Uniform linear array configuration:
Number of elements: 24
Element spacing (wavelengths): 0.5
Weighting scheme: blackman
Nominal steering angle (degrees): -30
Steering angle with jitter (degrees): -30.524
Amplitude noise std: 0.05
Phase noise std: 0.05

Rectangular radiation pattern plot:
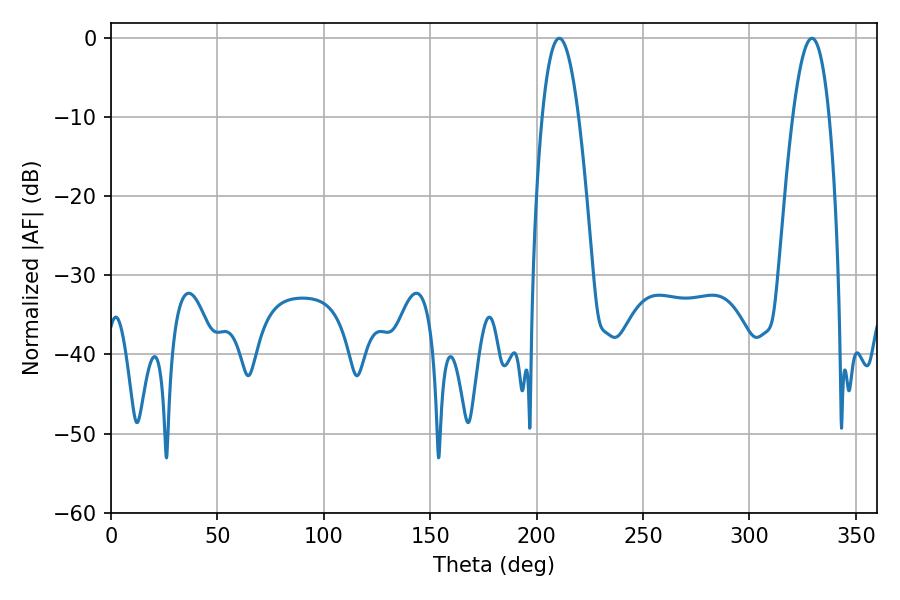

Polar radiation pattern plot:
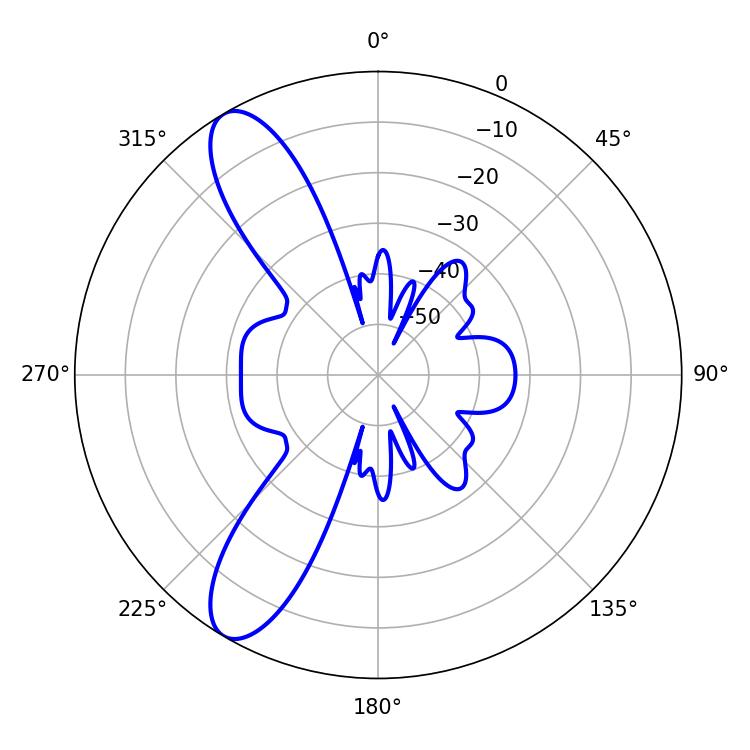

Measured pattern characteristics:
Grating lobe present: FALSE
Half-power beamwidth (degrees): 9.36
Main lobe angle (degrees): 210.6